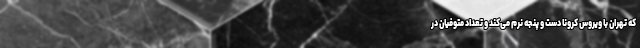
که تهران با ویروس کرونا دست و پنجه نرم می‌کند و تعداد متوفیان در